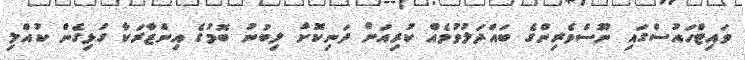
ވައިޓްހައުސްގައި ނޫސްވެރިންގެ ބައްދަލުވުމެއް ކުރިއަށް ދަނިކޮށް ލިބުނު ބޮމުގެ އިންޒާރަކާ ގުޅިގެން ކުއްލި